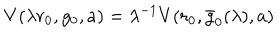
LaTeX: V ( \lambda r _ { 0 } , g _ { 0 } , a ) = \lambda ^ { - 1 } V ( r _ { 0 } , \bar { g } _ { 0 } ( \lambda ) , a )